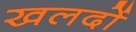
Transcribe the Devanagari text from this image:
खलदों